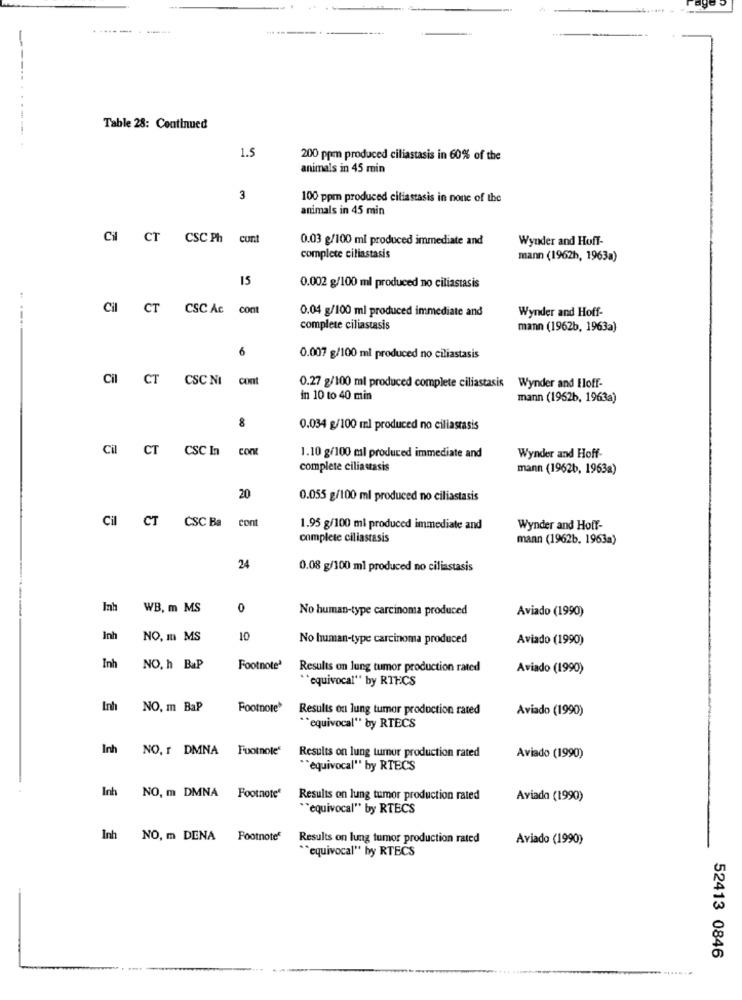
----------
-----
Table 28: Continued
1.5
200 ppm produced ciliastasis in 60% of the
animals in 45 min
3
100 ppm produced citiastasis in none of the
animals in 45 min
Cil
CT
CSC Ph
cunt
0.03 g/100 ml produced immediate and
Wynder and Hoff-
complete ciliastasis
mann (1962h, 1963a)
15
0.002 g/100 ml produced no ciliastasis
Cil
CT
CSC Ac
cont
0.04 g/100 ml produced immediate and
Wynder and Hoff-
complete ciliastasis
mann (1962b, 1963a)
6
0.007 g/100 ml produced no ciliastasis
Cil
CT
CSC NI
cont
0.27 g/100 ml produced complete ciliastasis
Wynder and Eloff-
in 10 to 40 min
mann (1962b, 1963a)
8
0.034 g/100 ml produced no ciliastasis
Cil
CT
CSC In
con
1.10 g/100 ml produced immediate and
Wynder and Hoff-
complete ciliastasis
mann (1962b, 1963a)
20
0.055 g/100 ml produced no ciliastasis
Cil
CT
CSC Ba
cont
1.95 g/100 ml produced immediate and
Wynder and Hoff-
complete ciliastasis
mann (1962b. 1963a)
24
0.08 g/100 ml produced no ciliastasis
Inh
WB, m MS
0
No human-type carcinoma produced
Aviado (1990)
Inh
NO, m MS
10
No human-type carcinoma produced
Aviado (1990)
Inh
NO. h BaP
Footnote'
Results on lung tumor production rated
Aviado (1990)
"equivocal" by RTFCS
Inh NO. m BaP
Footnote
Results on lung tumor production rated
Aviado (1990)
** equivocal" by RTECS
Inh
NO. r DMNA Footnote'
Results on lung tumor production rated
Aviado (1990)
** equivocal" by RTECS
Inh NO, m DMNA Footnote"
Results on lung tumor production rated
Aviado (1990)
*"equivocal" by RTECS
Inh NO, m DENA Footnote"
Results on lung tumor production rated
Aviado (1990)
** equivocal" by RTECS
52413 0846
...